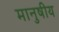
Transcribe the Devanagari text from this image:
मानुषीय